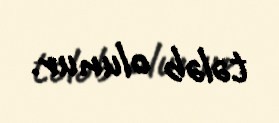
tələb olunur.